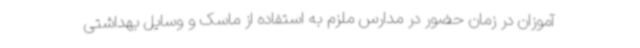
آموزان در زمان حضور در مدارس ملزم به استفاده از ماسک و وسایل بهداشتی